Indian journal of veterinary science and animal husbandry - Volume 7,
Year: 1937
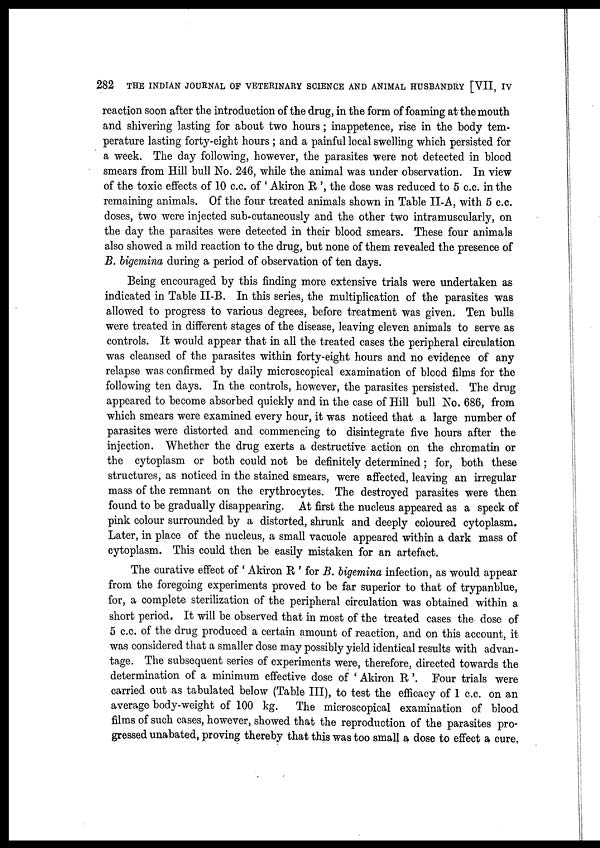
282
THE INDIAN JOURNAL OF VETERINARY SCIENCE AND ANIMAL HUSBANDRY [VII, IV
reaction soon after the introduction of the drug, in the form of foaming at the mouth
and shivering lasting for about two hours; inappetence, rise in the body tem-
perature lasting forty-eight hours ; and a painful local swelling which persisted for
a week. The day following, however, the parasites were not detected in blood
smears from Hill bull No. 246, while the animal was under observation. In view
of the toxic effects of 10 c.c. of ' Akiron R ', the dose was reduced to 5 c.c. in the
remaining animals. Of the four treated animals shown in Table II-A, with 5 c.c.
doses, two were injected sub-cutaneously and the other two intramuscularly, on
the day the parasites were detected in their blood smears. These four animals
also showed a mild reaction to the drug, but none of them revealed the presence of
B. bigemina during a period of observation of ten days.
Being encouraged by this finding more extensive trials were undertaken as
indicated in Table II-B. In this series, the multiplication of the parasites was
allowed to progress to various degrees, before treatment was given. Ten bulls
were treated in different stages of the disease, leaving eleven animals to serve as
controls. It would appear that in all the treated cases the peripheral circulation
was cleansed of the parasites within forty-eight hours and no evidence of any
relapse was confirmed by daily microscopical examination of blood films for the
following ten days. In the controls, however, the parasites persisted. The drug
appeared to become absorbed quickly and in the case of Hill bull No. 686, from
which smears were examined every hour, it was noticed that a large number of
parasites were distorted and commencing to disintegrate five hours after the
injection. Whether the drug exerts a destructive action on the chromatin or
the cytoplasm or both could not be definitely determined; for, both these
structures, as noticed in the stained smears, were affected, leaving an irregular
mass of the remnant on the erythrocytes. The destroyed parasites were then
found to be gradually disappearing. At first the nucleus appeared as a speck of
pink colour surrounded by a distorted, shrunk and deeply coloured cytoplasm.
Later, in place of the nucleus, a small vacuole appeared within a dark mass of
cytoplasm. This could then be easily mistaken for an artefact.
The curative effect of ' Akiron R ' for B. bigemina infection, as would appear
from the foregoing experiments proved to be far superior to that of trypanblue,
for, a complete sterilization of the peripheral circulation was obtained within a
short period. It will be observed that in most of the treated cases the dose of
5 c.c. of the drug produced a certain amount of reaction, and on this account, it
was considered that a smaller dose may possibly yield identical results with advan-
tage. The subsequent series of experiments were, therefore, directed towards the
determination of a minimum effective dose of ' Akiron R '. Four trials were
carried out as tabulated below (Table III), to test the efficacy of 1 c.c. on an
average body-weight of 100 kg.
The microscopical examination of blood
films of such cases, however, showed that the reproduction of the parasites pro-
gressed unabated, proving thereby that this was too small a dose to effect a cure.